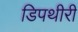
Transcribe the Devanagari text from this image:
डिपथीरी